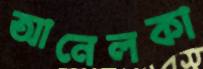
আনেলকা